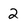
Character: 2